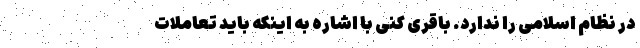
در نظام اسلامی را ندارد. باقری کنی با اشاره به اینکه باید تعاملات